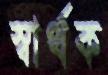
স্বার্থক